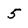
Character: 5